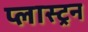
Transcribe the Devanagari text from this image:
प्लास्ट्रन